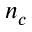
n _ { c }